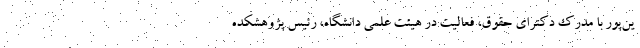
ین‌پور با مدرک دکترای حقوق، فعالیت در هیئت علمی دانشگاه، رئیس پژوهشکده